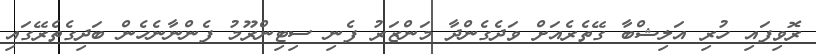
ރޮވިފައި ހުރި އަލިޝްބާ ގޭތެރެއަށް ވަދެގެންދާ މަންޒަރު ފެނި ސިޓިންރޫމު ފެންނާނެހެން ބަދިގެތެރޭގައި